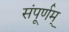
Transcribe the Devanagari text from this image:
संपूर्णम्‌